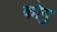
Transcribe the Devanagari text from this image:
कोगु